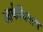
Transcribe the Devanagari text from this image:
आर्कबिशय